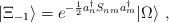
LaTeX: \begin{align*}| \Xi_{-1} \rangle=e^{-\frac{1}{2}a^{\dagger}_nS_{nm}a^{\dagger}_m}| \Omega \rangle\,\, ,\end{align*}